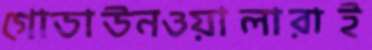
গোডাউনওয়ালারাই